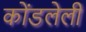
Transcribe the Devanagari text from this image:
कोंडलेली